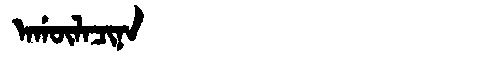
Manchu: ᠠᡤᡡᠯᠠᠴᡳᠨᠠ
Romanization: AGŪLACINA